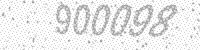
Solution: 900098